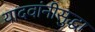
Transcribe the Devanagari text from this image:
यादवांनीसुद्धा